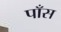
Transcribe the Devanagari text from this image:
पाँस